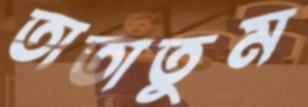
তাতাতুম